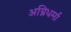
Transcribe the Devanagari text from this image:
अग्निधर्मा